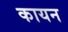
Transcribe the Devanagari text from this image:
कायन